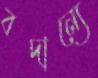
বদান্যে